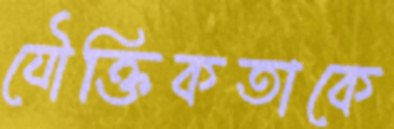
যৌক্তিকতাকে